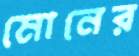
মোনের